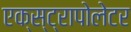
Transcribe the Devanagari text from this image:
एक्स्ट्रापोलेटर